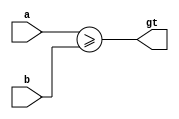
module higherComparator(a, b, gt);
	parameter						n = 8;
	
	input			[n-1:0]			a;
	input			[n-1:0]			b;
	output wire						gt;
	
	assign gt = a >= b;

endmodule